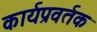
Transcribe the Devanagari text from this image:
कार्यप्रवर्तक